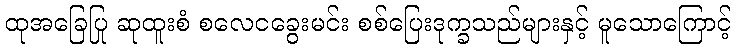
ထုအခြေပြု ဆုထူးစံ စလေငခွေးမင်း စစ်ပြေးဒုက္ခသည်များနှင့် မူသောကြောင့်